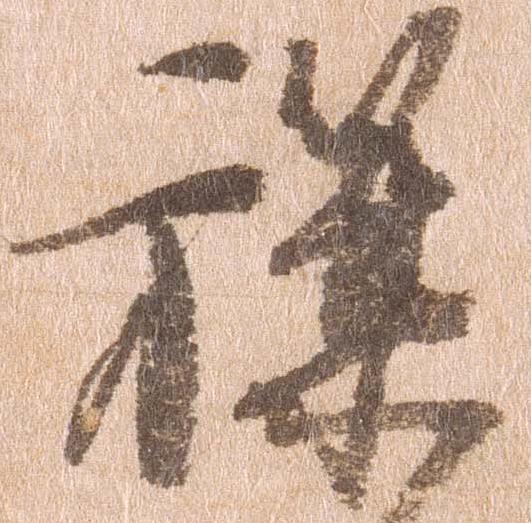
旗